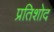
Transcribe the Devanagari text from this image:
प्रतिशोद